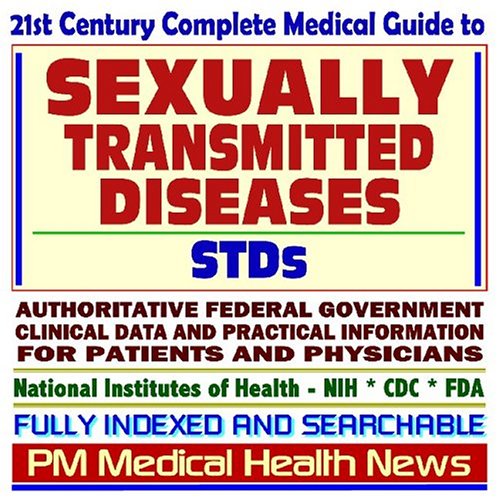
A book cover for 21st Century Complete Medical Guide to Sexually Transmitted Diseases (STDs), Venereal Disease (VD), Herpes Simplex, HPV, Genital Warts, Syphilis, ... Patients and Physicians (2 CD-ROM Superset); PM Medical Health News; Health, Fitness & Dieting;